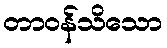
တာဝန်သိသော